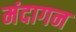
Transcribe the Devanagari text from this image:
मंदागन